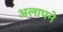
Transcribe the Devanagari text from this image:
अलापने